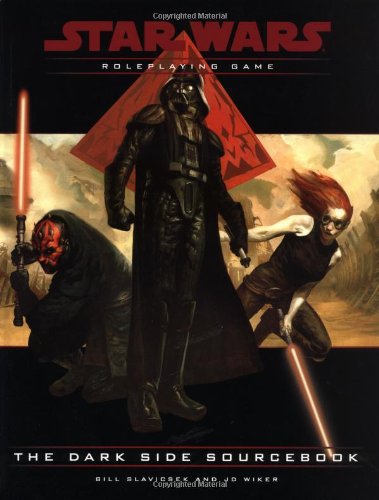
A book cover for The Dark Side Sourcebook (Star Wars Roleplaying Game); Bill Slavicsek; Science Fiction & Fantasy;